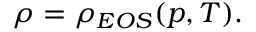
\rho = \rho _ { E O S } ( p , T ) .